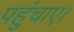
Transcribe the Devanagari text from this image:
पहुंचाए।